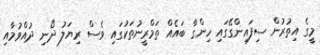
މީގެ އިތުރުން ސިފައިންގޭގައި ހިންގާ ބައެއް ތަމްރީނުތަކުގައި ވެސް ރިޔަލު ދޯނި ދުއްވުމާއި